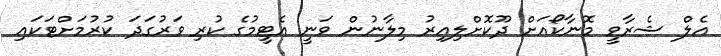
އެލް ޝެރާވީ މޮނާކޯއަށް ދޫކޮށްލިއިރު މިލާނުން ވަނީ އެޓީމުގެ ކުރި ވަރުގަދަ ކުރުމަށްޓަކައި